画像に写った文字を読んでください
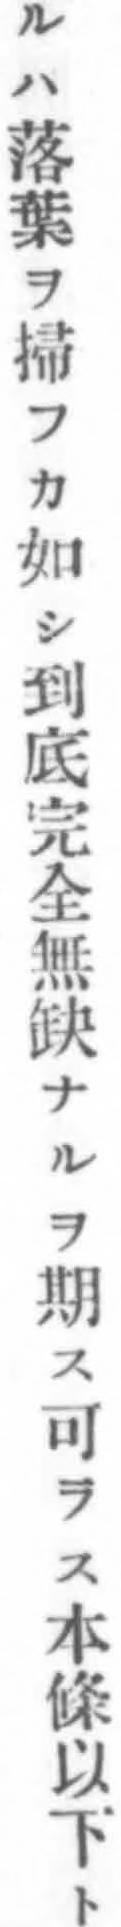
「ルハ落葉ヲ掃フカ如シ到底完全無缺ナルヲ期ス可ラス本條以下ト」と書いてあります